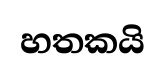
හතකයි